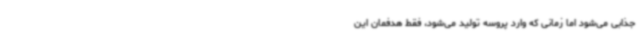
جذابی می‌شود اما زمانی که وارد پروسه تولید می‌شود، فقط هدفمان این